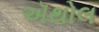
ઍથોલ